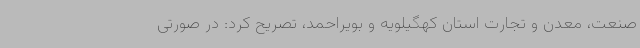
صنعت، معدن و تجارت استان کهگیلویه و بویراحمد، تصریح کرد: در صورتی